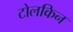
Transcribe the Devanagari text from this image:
टोलकिन